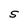
Character: S